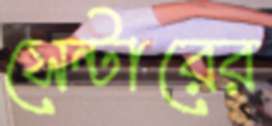
সেন্টারের